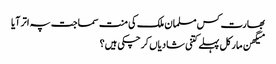
بھارت کس مسلمان ملک کی منت سماجت پہ اتر آیا
میگھن مارکل پہلے کتنی شادیاں کرچکی ہیں؟